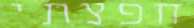
חפצתי